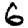
Digit: 6